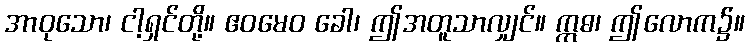
အာဝုသော၊ ငါ့ရှင်တို့။ ဧဝမေဝ ခေါ၊ ဤအတူသာလျှင်။ ဣဓ၊ ဤလောက၌။